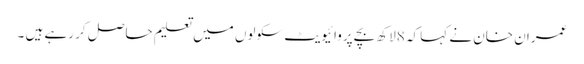
عمران خان نے کہا کہ 8لاکھ بچے پروائیویٹ سکولوں میں تعلیم حاصل کر رہے ہیں ۔